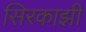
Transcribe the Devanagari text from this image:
सिरकाझी